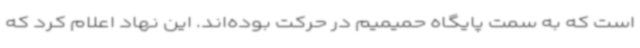
است که به سمت پایگاه حمیمیم در حرکت بوده‌اند. این نهاد اعلام کرد که